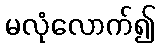
မလုံလောက်၍